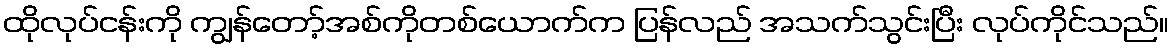
ထိုလုပ်ငန်းကို ကျွန်တော့်အစ်ကိုတစ်ယောက်က ပြန်လည် အသက်သွင်းပြီး လုပ်ကိုင်သည်။